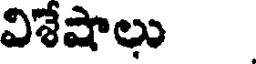
విశేషాలు